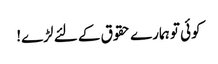
کوئی تو ہمارے حقوق کے لئے لڑے!